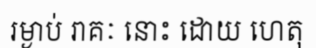
រម្ងាប់ រាគៈ នោះ ដោយ ហេតុ